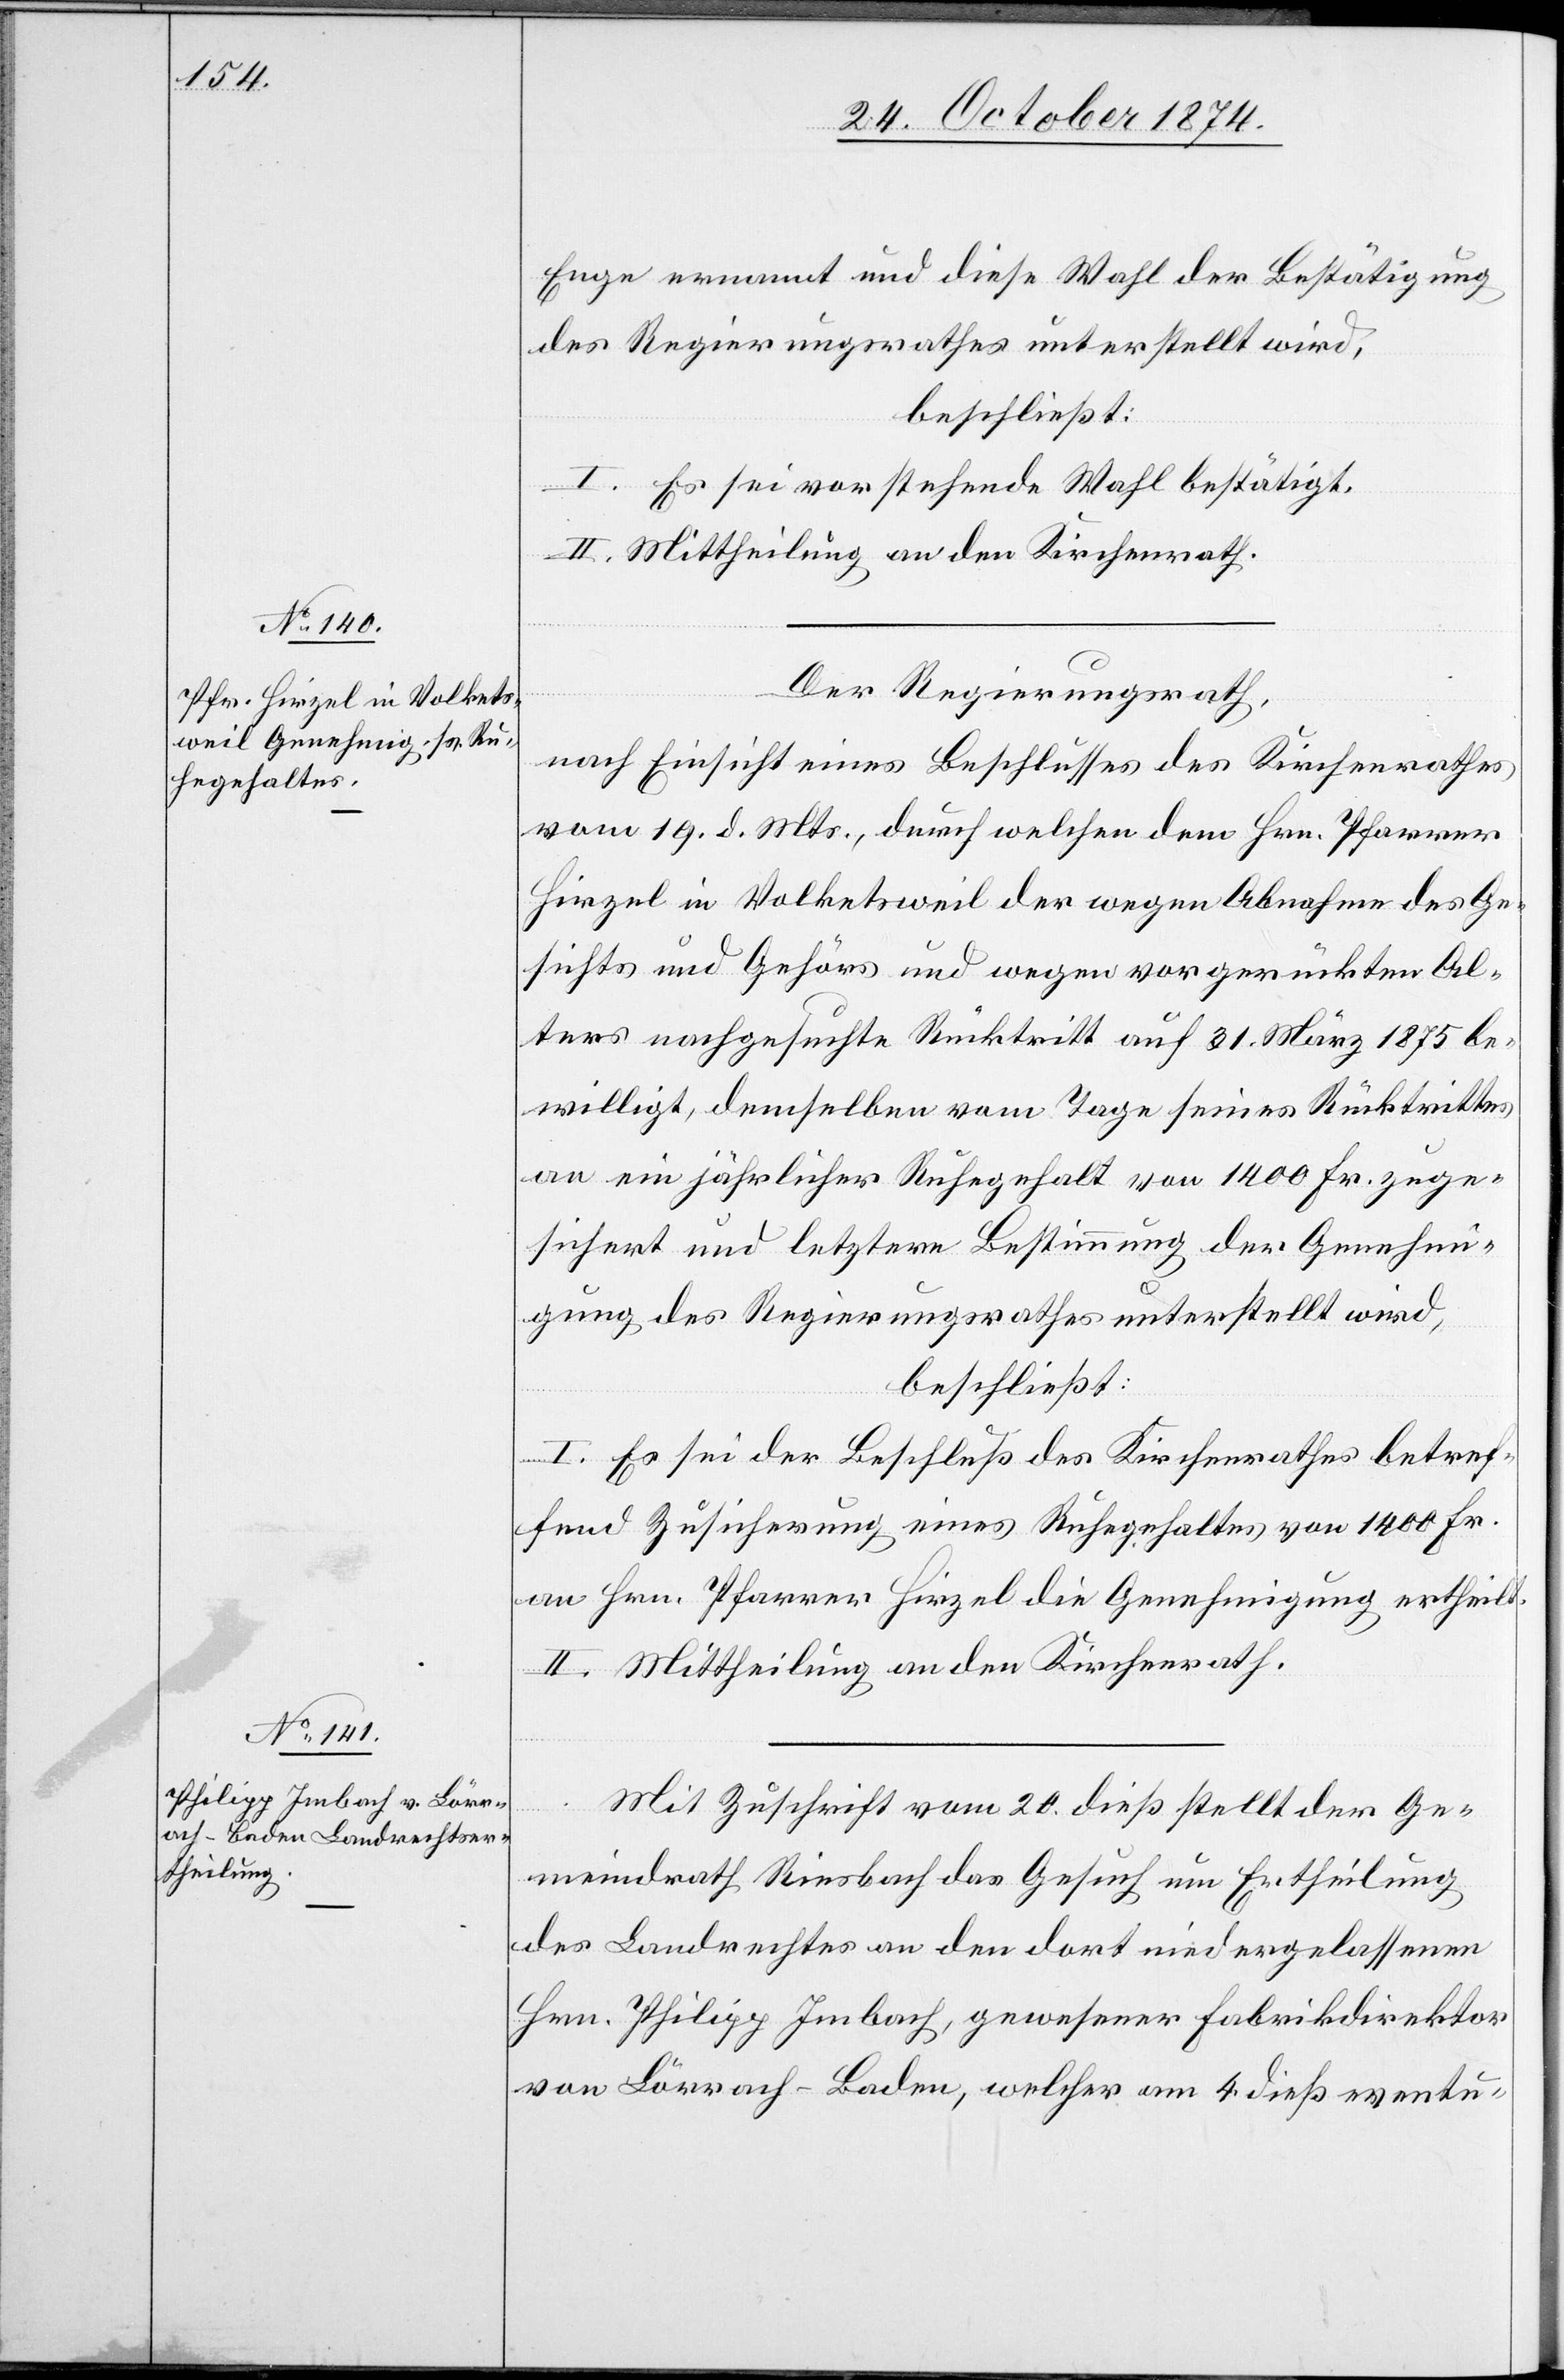
Enge ernannt und diese Wahl der Bestätigung
des Regierungsrathes unterstellt wird,
beschließt:
I. Es sei vorstehende Wahl bestätigt.
II. Mittheilung an den Kirchenrath.
Der Regierungsrath,
nach Einsicht eines Beschlusses des Kirchenrathes
vom 19. d. Mts., durch welchen dem Hrn. Pfarrer
Hirzel in Volketsweil der wegen Abnahme des Ge¬
sichts und Gehörs und wegen vorgerückten Al¬
ters nachgesuchte Rücktritt auf 31. März 1875 be¬
willigt, demselben vom Tage seines Rücktrittes
an ein jährlicher Ruhegehalt von 1400 Fr. zuge¬
sichert und letztere Bestimmung der Genehmi¬
gung des Regierungsrathes unterstellt wird,
beschließt:
I. Es sei der Beschluß des Kirchenrathes betref¬
fend Zusicherung eines Ruhegehaltes von 1400 Fr.
an Hrn. Pfarrer Hirzel die Genehmigung ertheilt.
II. Mittheilung an den Kirchenrath.
Mit Zuschrift vom 20. dieß stellt der Ge¬
meindrath Riesbach das Gesuch um Ertheilung
des Landrechtes an den dort niedergelassenen
Hrn. Philipp Imbach, gewesener Fabrikdirektor
von Lörrach-Baden, welcher am 4. dieß eventu-